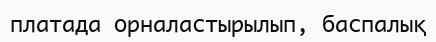
платада орналастырылып, баспалық